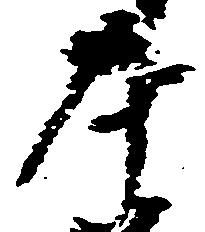
本